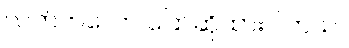
လတ်တလော ပြောဆိုထားပါတယ်။